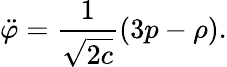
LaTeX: \ddot{\varphi}=\frac{1}{\sqrt{2c}}(3p-\rho).